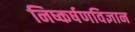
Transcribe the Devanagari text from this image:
निष्कर्षणविज्ञान